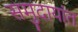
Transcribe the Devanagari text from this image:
समुदायांत